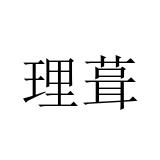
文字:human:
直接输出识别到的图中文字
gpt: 理葺